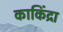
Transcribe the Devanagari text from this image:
काकिंद्रा